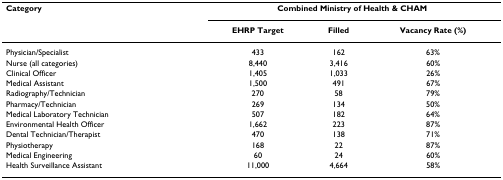
<table><thead><tr><td><b>Category</b></td><td colspan="3"><b>Combined Ministry of Health &amp; CHAM</b></td></tr><tr><td></td><td><b>EHRP Target</b></td><td><b>Filled</b></td><td><b>Vacancy Rate (%)</b></td></tr></thead><tbody><tr><td>Physician/Specialist</td><td>433</td><td>162</td><td>63%</td></tr><tr><td>Nurse (all categories)</td><td>8,440</td><td>3,416</td><td>60%</td></tr><tr><td>Clinical Officer</td><td>1,405</td><td>1,033</td><td>26%</td></tr><tr><td>Medical Assistant</td><td>1,500</td><td>491</td><td>67%</td></tr><tr><td>Radiography/Technician</td><td>270</td><td>58</td><td>79%</td></tr><tr><td>Pharmacy/Technician</td><td>269</td><td>134</td><td>50%</td></tr><tr><td>Medical Laboratory Technician</td><td>507</td><td>182</td><td>64%</td></tr><tr><td>Environmental Health Officer</td><td>1,662</td><td>223</td><td>87%</td></tr><tr><td>Dental Technician/Therapist</td><td>470</td><td>138</td><td>71%</td></tr><tr><td>Physiotherapy</td><td>168</td><td>22</td><td>87%</td></tr><tr><td>Medical Engineering</td><td>60</td><td>24</td><td>60%</td></tr><tr><td>Health Surveillance Assistant</td><td>11,000</td><td>4,664</td><td>58%</td></tr></tbody></table>